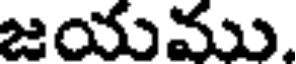
జయము.